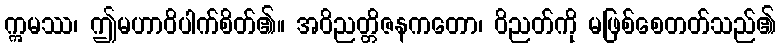
ဣမဿ၊ ဤမဟာဝိပါက်စိတ်၏။ အဝိညတ္တိဇနကတော၊ ဝိညတ်ကို မဖြစ်စေတတ်သည်၏